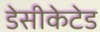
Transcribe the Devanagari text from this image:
डेसीकेटेड